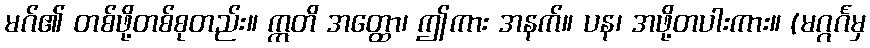
မဂ်၏ တစ်ဖို့တစ်စုတည်း။ ဣတိ အတ္ထော၊ ဤကား အနက်။ ပန၊ အဖို့တပါးကား။ (မဂ္ဂင်္ဂမှ